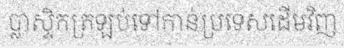
ប្លាស្ទិកត្រឡប់ទៅកាន់ប្រទេសដើមវិញ